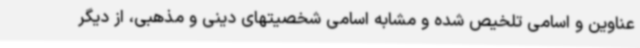
عناوین و اسامی تلخیص شده و مشابه اسامی شخصیتهای دینی و مذهبی، از دیگر